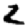
Digit: 2